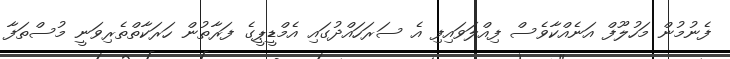
ފެނުމުން މަހުލޫފް އަނެއްކާވެސް ފިއްލަވައިފި އެ ސަރަހައްދުގައި އެމްޑީޕީގެ ފަރާތުން ހަރަކާތްތެރިވަނީ މުސްތަފާ